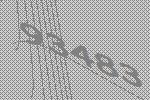
93483